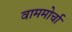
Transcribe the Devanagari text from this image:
वाममोर्चा